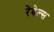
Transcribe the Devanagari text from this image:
रेबेल्स